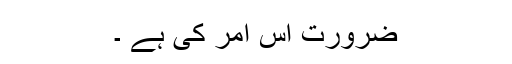
ضرورت اس امر کی ہے ۔